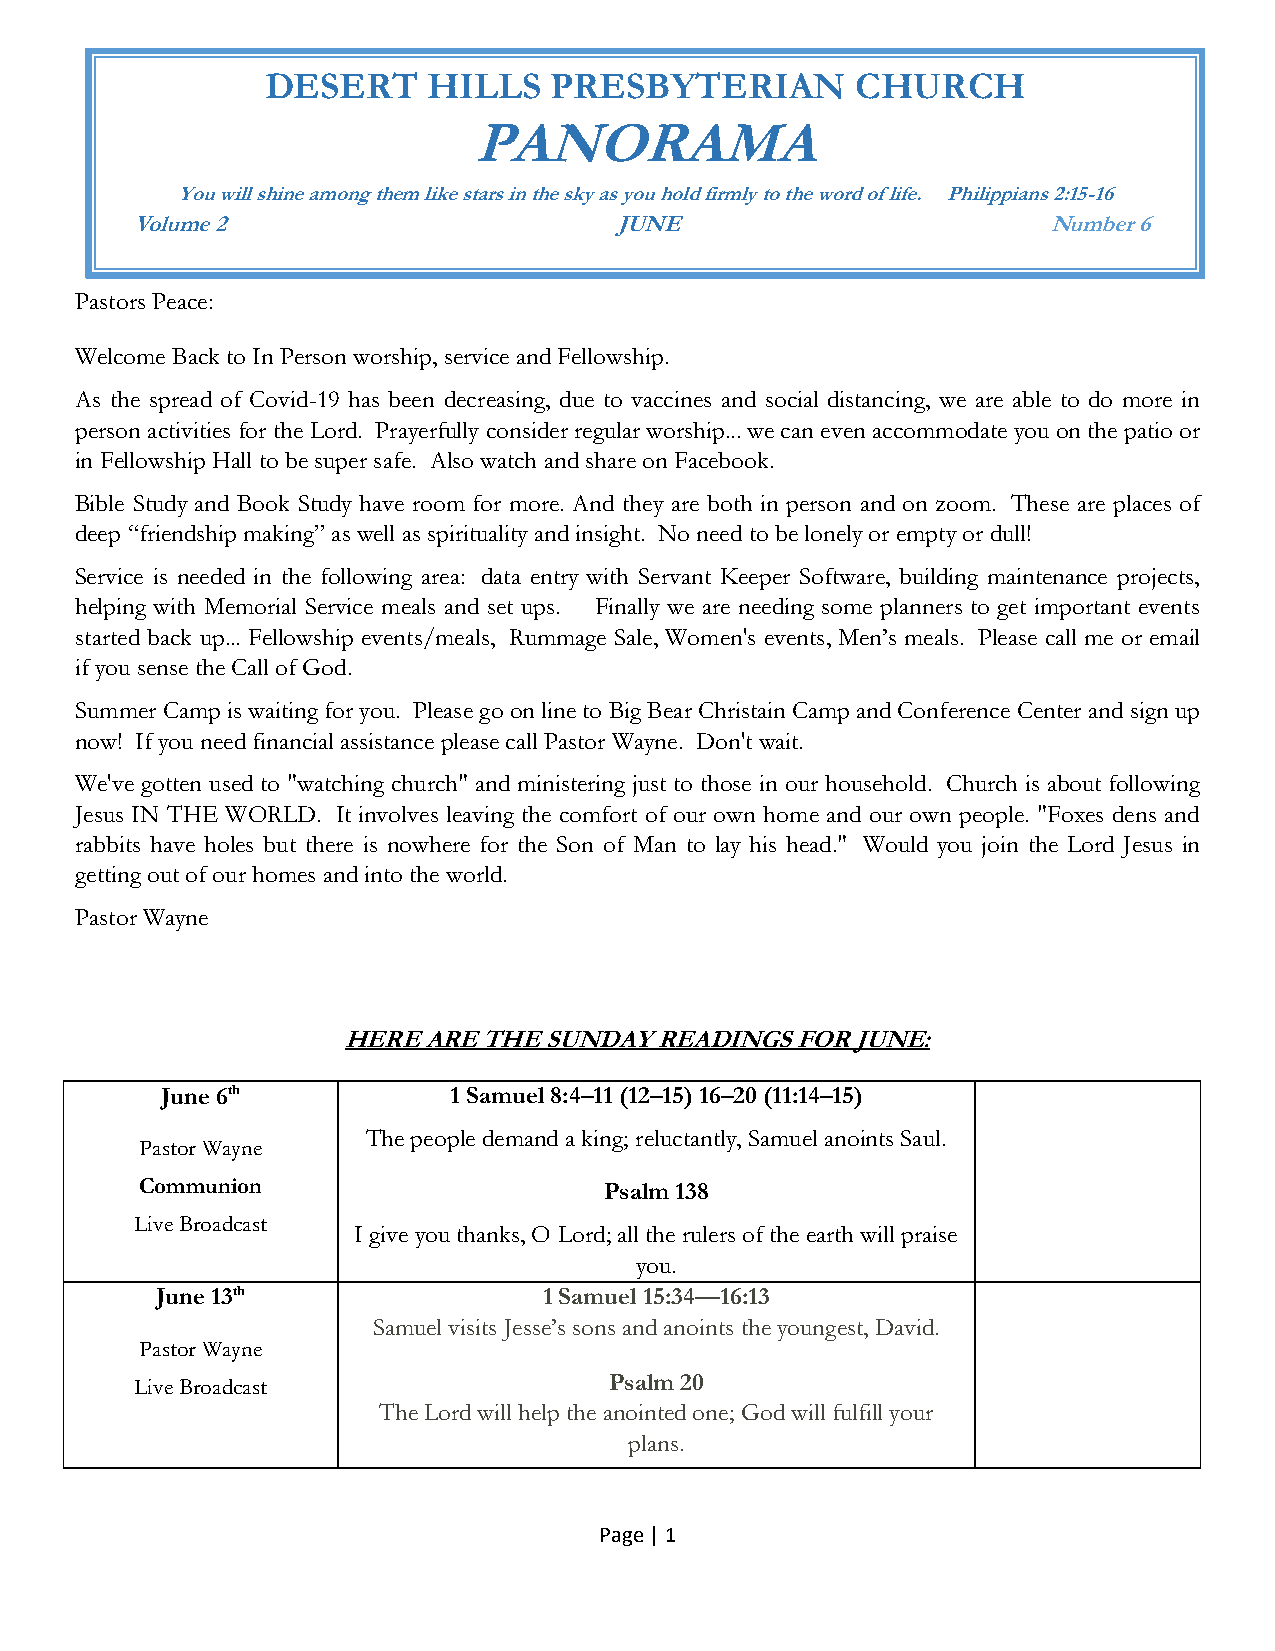
DESERT    HILLS   PRESBYTERIAN         CHURCH
 PANORAMA
 You will shine among them like stars in the sky as you hold firmly to the word of life. Philippians 2:15-16
 Volume 2                        JUNE                        Number 6
 Pastors Peace:
 Welcome Back to In Person worship, service and Fellowship.
 As the spread of Covid-19 has been decreasing, due to vaccines and social distancing, we are able to do more in
 person activities for the Lord. Prayerfully consider regular worship... we can even accommodate you on the patio or
 in Fellowship Hall to be super safe. Also watch and share on Facebook.
 Bible Study and Book Study have room for more. And they are both in person and on zoom. These are places of
 deep “friendship making” as well as spirituality and insight. No need to be lonely or empty or dull!
 Service is needed in the following area: data entry with Servant Keeper Software, building maintenance projects,
 helping with Memorial Service meals and set ups. Finally we are needing some planners to get important events
 started back up... Fellowship events/meals, Rummage Sale, Women's events, Men’s meals. Please call me or email
 if you sense the Call of God.
 Summer Camp is waiting for you. Please go on line to Big Bear Christain Camp and Conference Center and sign up
 now! If you need financial assistance please call Pastor Wayne. Don't wait.
 We've gotten used to "watching church" and ministering just to those in our household. Church is about following
 Jesus IN THE WORLD. It involves leaving the comfort of our own home and our own people. "Foxes dens and
 rabbits have holes but there is nowhere for the Son of Man to lay his head." Would you join the Lord Jesus in
 getting out of our homes and into the world.
 Pastor Wayne
 HERE ARE THE SUNDAY READINGS  FOR JUNE:
 June 6th           1 Samuel 8:4–11 (12–15) 16–20 (11:14–15)
 The people demand a king; reluctantly, Samuel anoints Saul.
 Pastor Wayne
 Communion                      Psalm 138
 Live Broadcast
 I give you thanks, O Lord; all the rulers of the earth will praise
 you.
 June 13th                 1 Samuel 15:34—16:13
 Samuel visits Jesse’s sons and anoints the youngest, David.
 Pastor Wayne
 Live Broadcast                 Psalm 20
 The Lord will help the anointed one; God will fulfill your
 plans.
 Page | 1